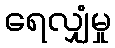
ရေလျှံမှု